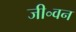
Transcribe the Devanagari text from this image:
जी॰वन